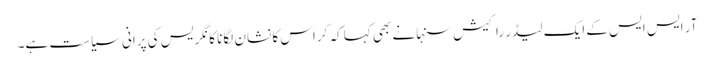
آر ایس ایس کے ایک لیڈر راکیش سنہا نے بھی کہا کہ کراس کا نشان لگانا کانگریس کی پرانی سیاست ہے۔